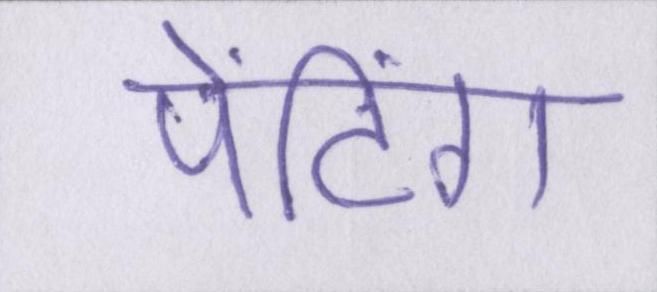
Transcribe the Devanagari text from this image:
पेंटिंग